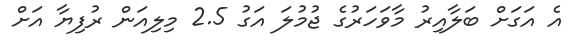
އެ އަގަށް ބަލާއިރު މާވަހަރުގެ ޖުމުލަ އަގު 2.5 މިލިއަން ރުފިޔާ އަށް